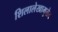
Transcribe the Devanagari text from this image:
शिलालेखामुळेच